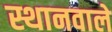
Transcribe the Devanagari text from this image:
स्थानवाले